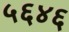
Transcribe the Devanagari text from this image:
५६४६